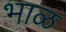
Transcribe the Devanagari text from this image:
भाळ